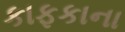
કાફકાના